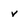
Character: v